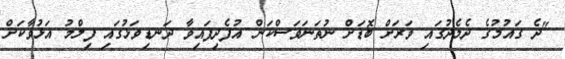
"ދެ ގައުމުގެ ދެމެދުގައި ވަރަށް ބޮޑަށް ނުތަނަވަސްކަން އުފެދިފައިވާ ދަނޑިވަޅުގައި ފިލްމު އަޅުވާކަށް